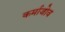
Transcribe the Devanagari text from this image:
कर्माजोव